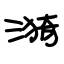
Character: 漪